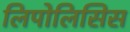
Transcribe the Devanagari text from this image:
लिपोलिसिस